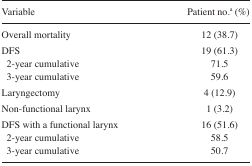
| Variable | Patient no.a (%) |
 | --- | --- |
 | Overall mortality | 12 (38.7) |
 | DFS | 19 (61.3) |
 | 2-year cumulative | 71.5 |
 | 3-year cumulative | 59.6 |
 | Laryngectomy | 4 (12.9) |
 | Non-functional larynx | 1 (3.2) |
 | DFS with a functional larynx | 16 (51.6) |
 | 2-year cumulative | 58.5 |
 | 3-year cumulative | 50.7 |